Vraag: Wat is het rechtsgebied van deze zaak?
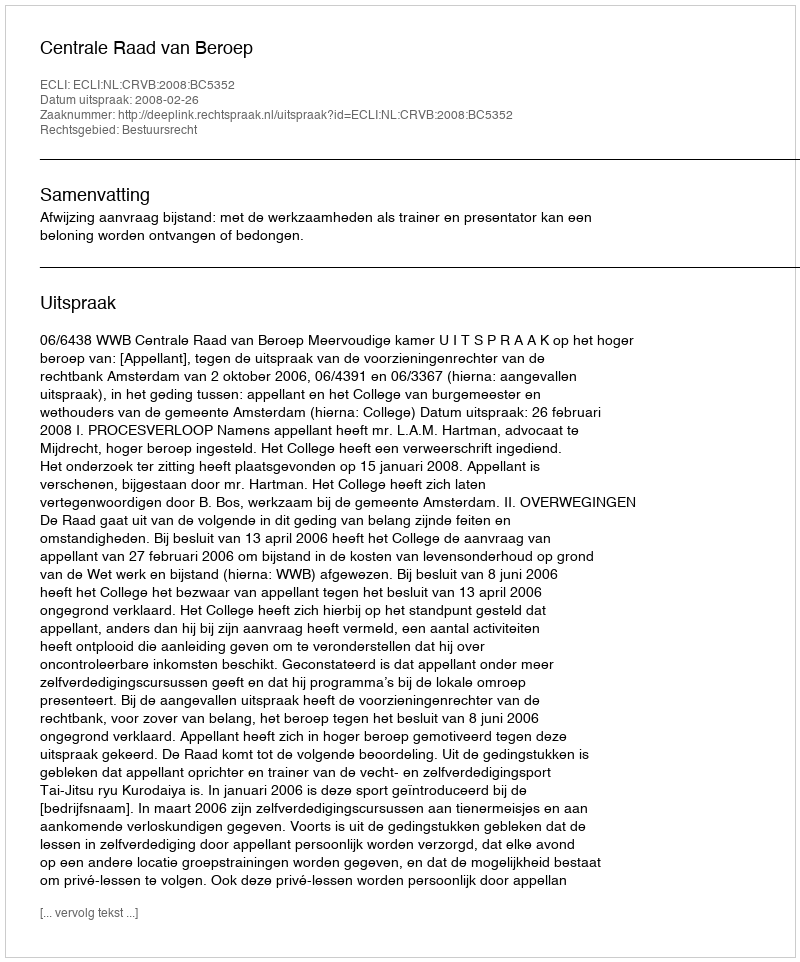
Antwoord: Bestuursrecht